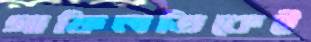
গাফিলতিকেই